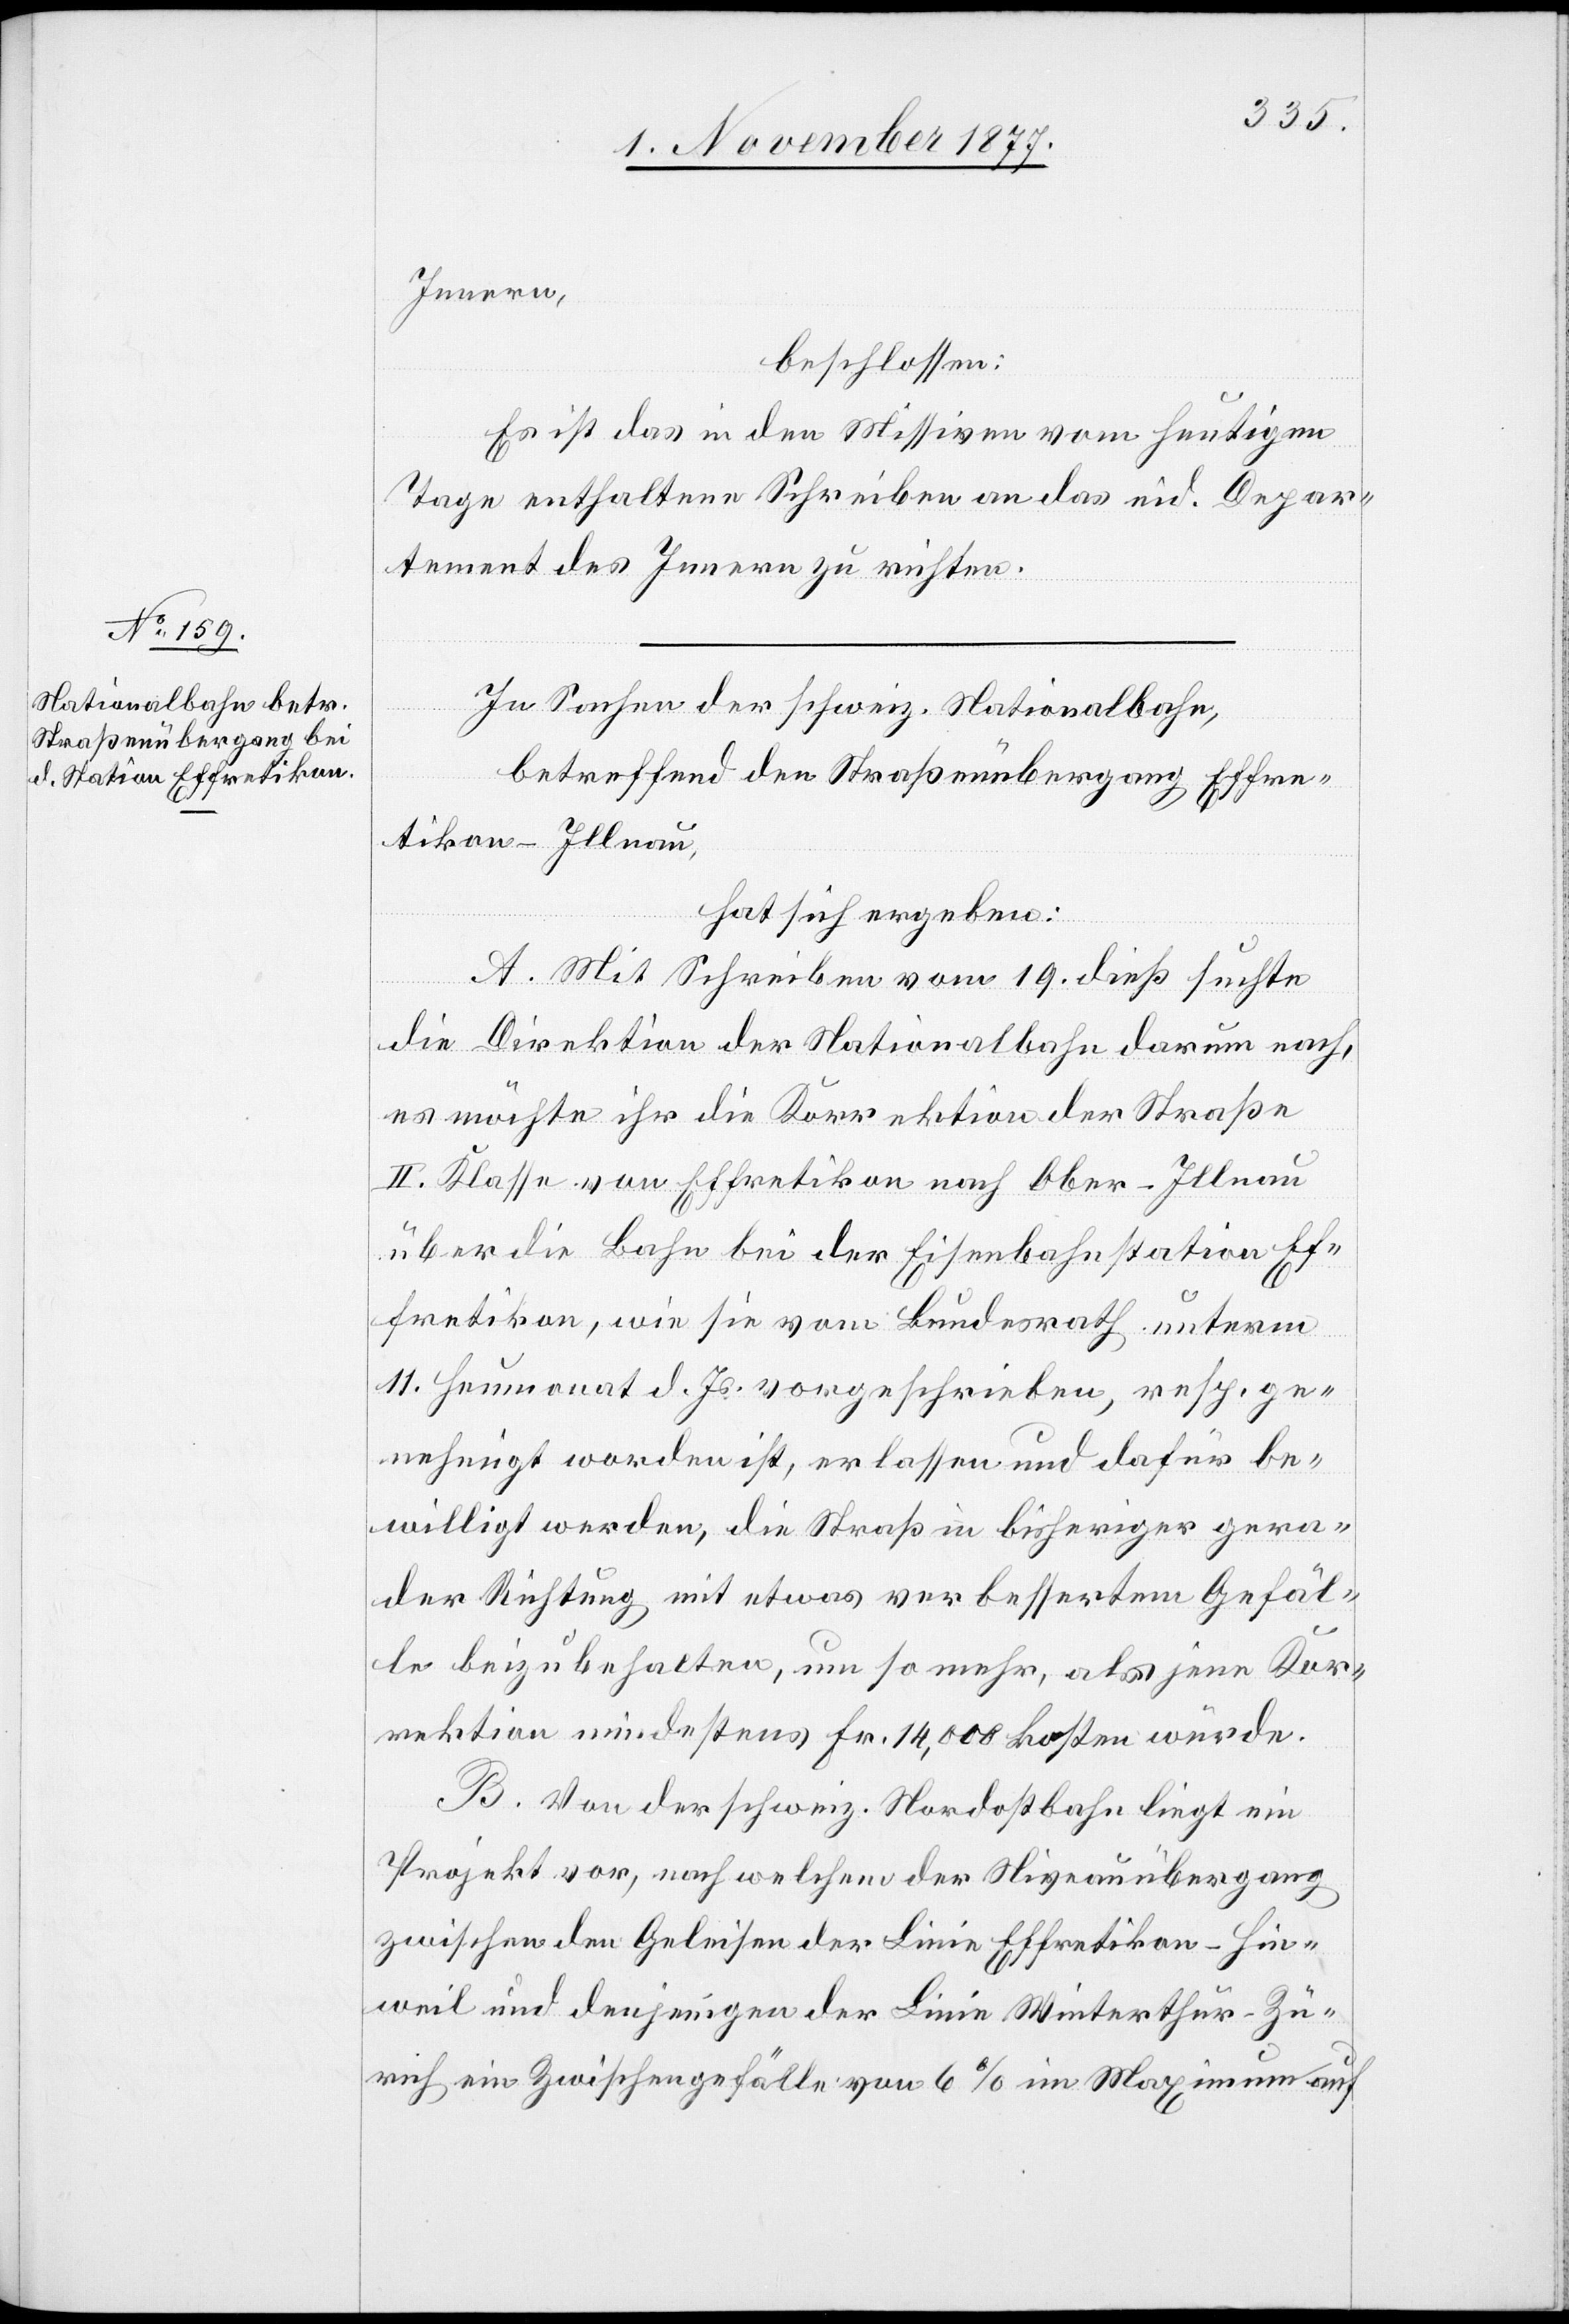
Innern,
beschlossen:
Es ist das in den Missiven vom heutigen
Tage enthaltene Schreiben an das eid. Depar¬
tement des Innern zu richten.
In Sachen der schweiz. Nationalbahn,
betreffend den Straßenübergang Effre¬
tikon–Illnau,
hat sich ergeben:
A. Mit Schreiben vom 19. dieß suchte
die Direktion der Nationalbahn darum nach,
es möchte ihr die Korrektion der Straße
II. Klasse von Effretikon nach Ober-Illnau
über die Bahn bei der Eisenbahnstation Ef¬
fretikon, wie sie vom Bundesrath unterm
11. Heumonat d. Js. vorgeschrieben, resp. ge¬
nehmigt worden ist, erlassen und dafür be¬
willigt werden, die Straß[e] in bisheriger gera¬
der Richtung mit etwas verbessertem Gefäl¬
le beizubehalten, um so mehr, als jene Kor¬
rektion mindestens Fr. 14,000 kosten würde.
B. Von der schweiz. Nordostbahn liegt ein
Projekt vor, nach welchem der Niveauübergang
zwischen den Geleisen der Linie Effretikon–Hin¬
weil und denjenigen der Linie Winterthur–Zü¬
rich ein Zwischengefälle von 6% im Maximum auf